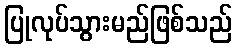
ပြုလုပ်သွားမည်ဖြစ်သည်